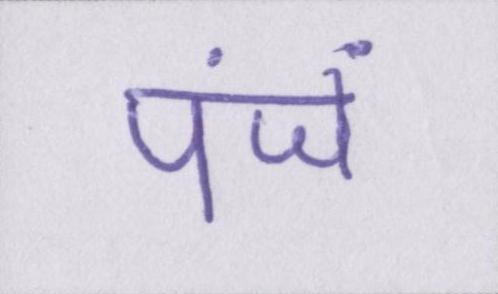
पंजें